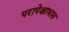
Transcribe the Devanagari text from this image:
परापेक्षाभाव